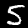
Label: 5